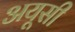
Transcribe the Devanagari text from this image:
अयूसी